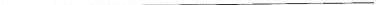
___